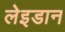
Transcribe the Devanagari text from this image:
लेइडान